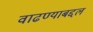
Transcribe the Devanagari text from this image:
वाढण्याबद्दल